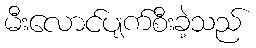
မီးလောင်ပျက်စီးခဲ့သည်